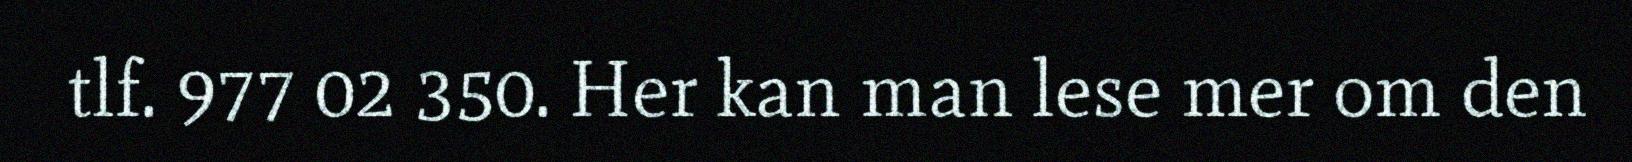
tlf. 977 02 350. Her kan man lese mer om den